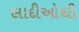
લાદીઓથી